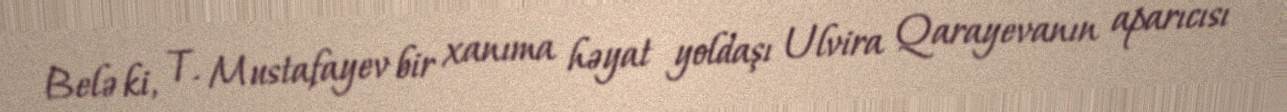
Belə ki, T. Mustafayev bir xanıma həyat yoldaşı Ulvira Qarayevanın aparıcısı